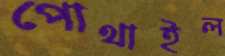
পোথাইল